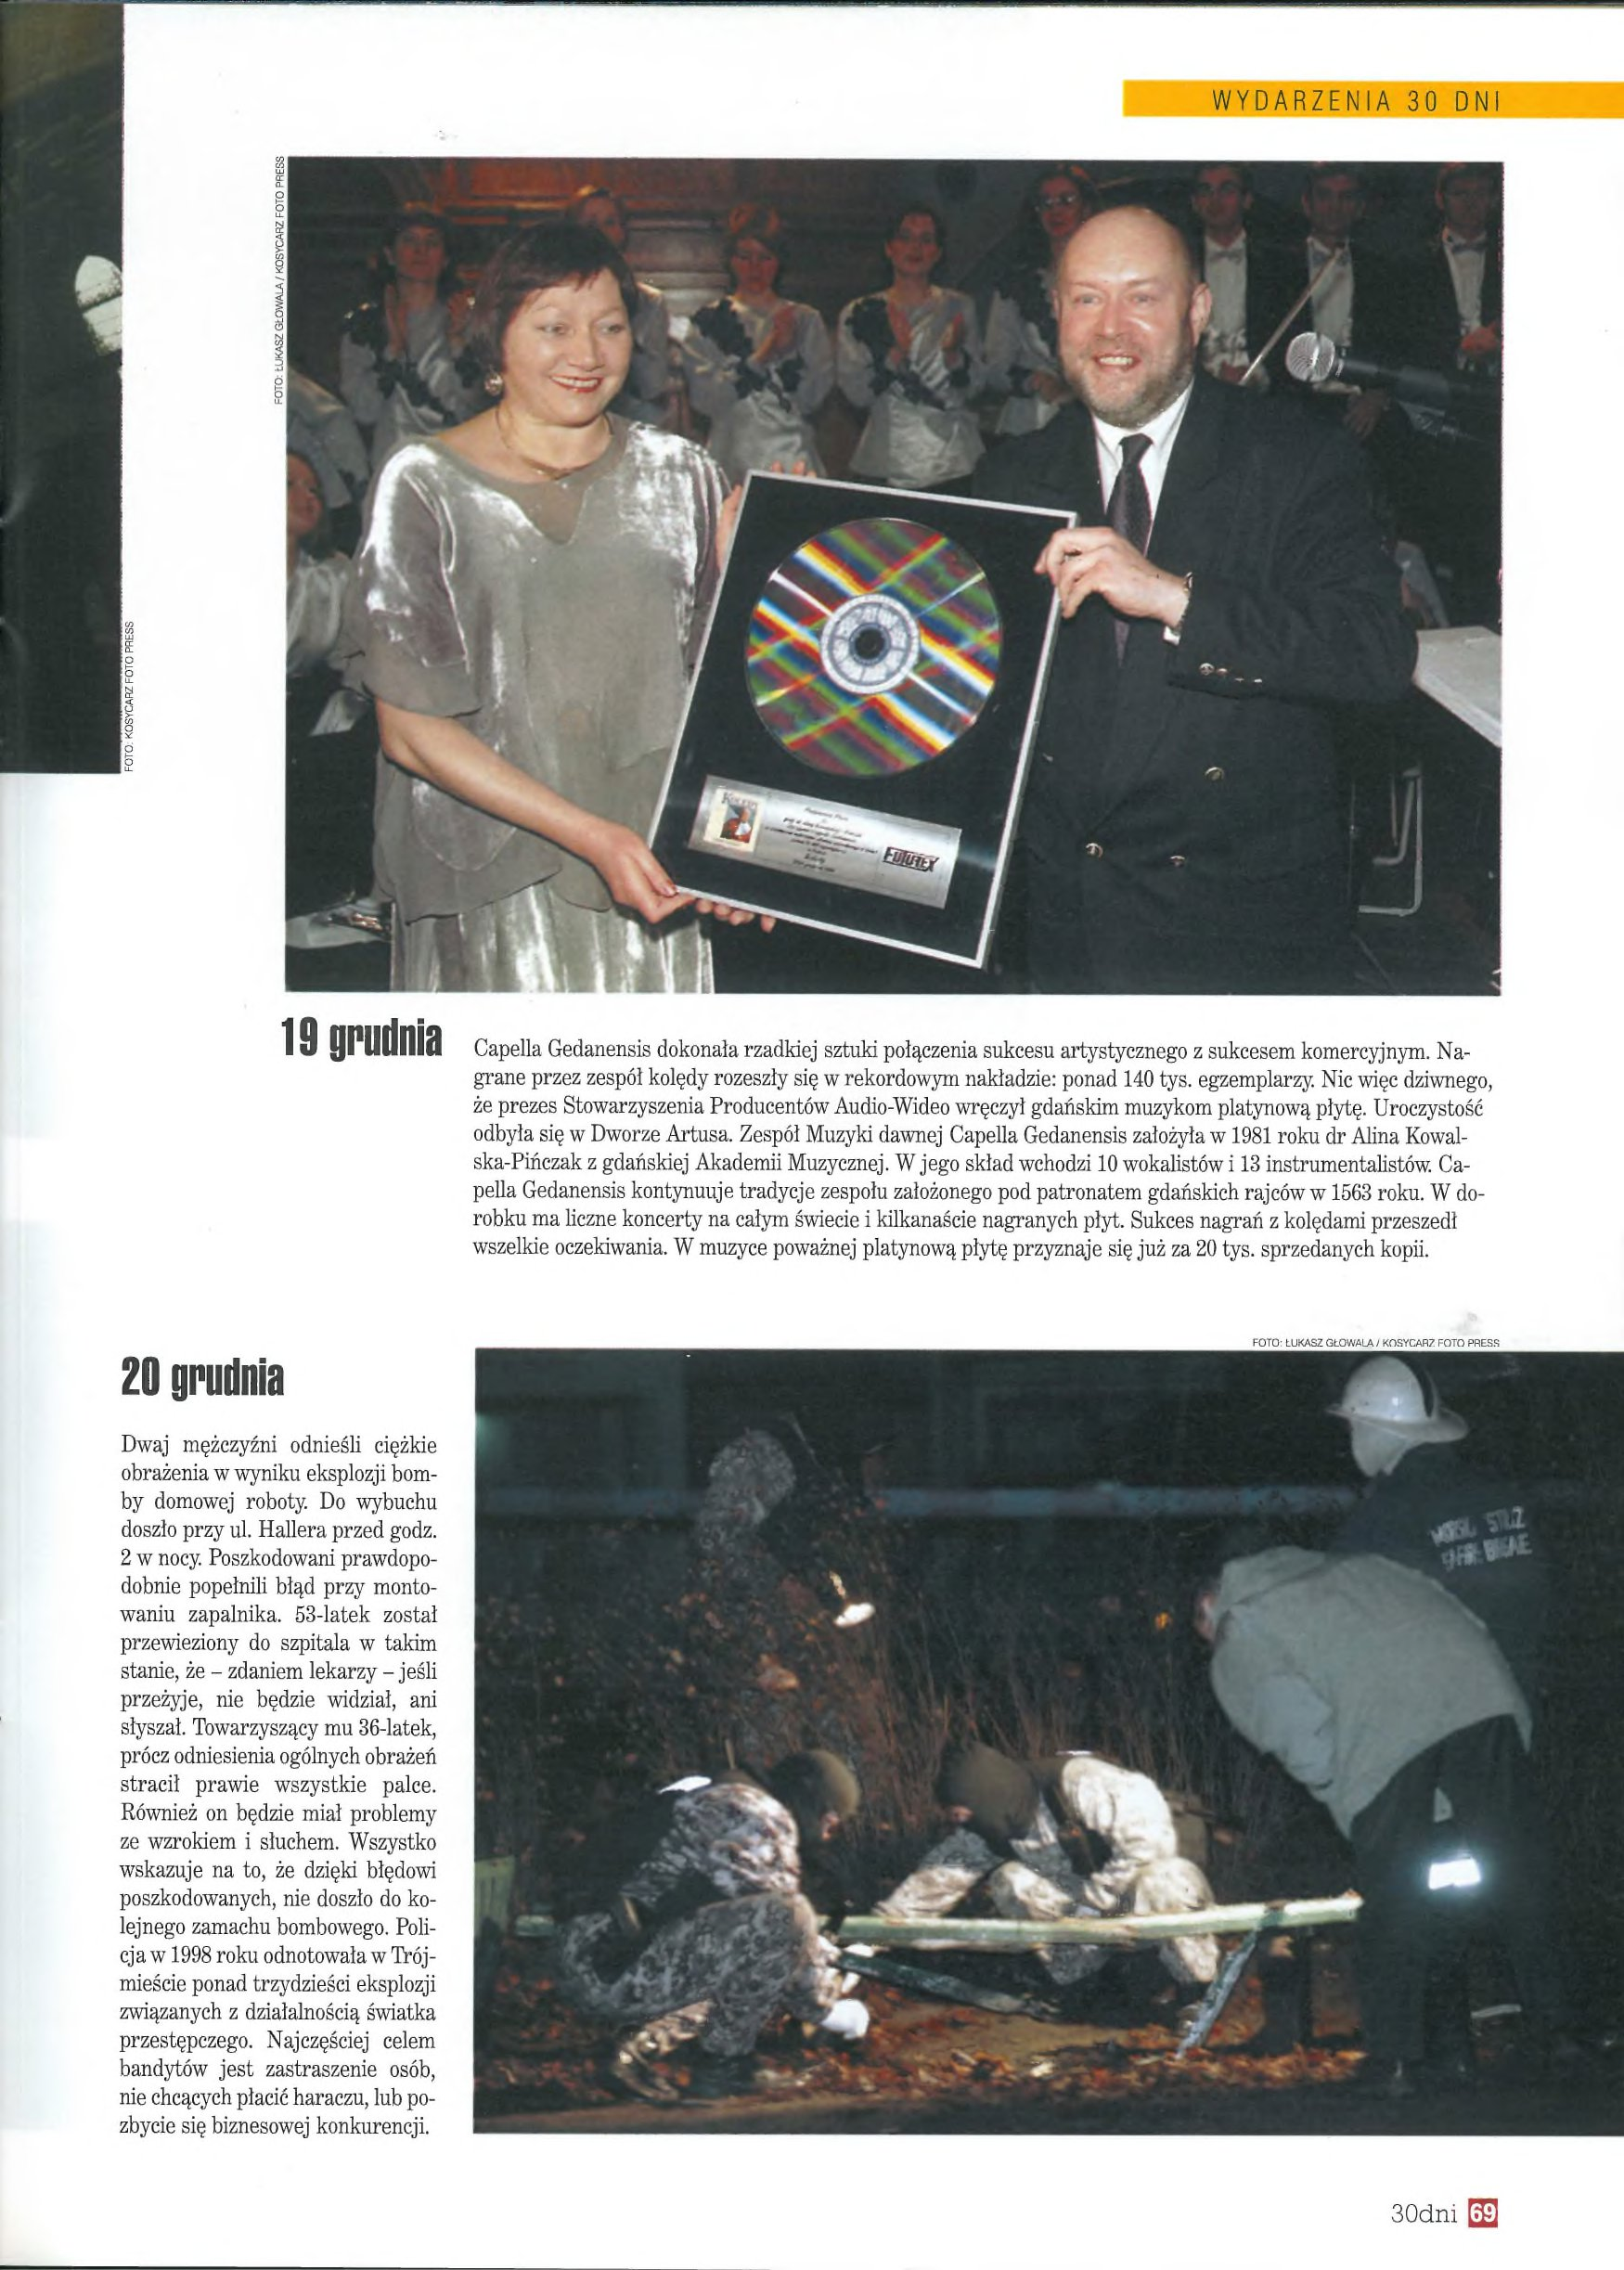
Language: pl